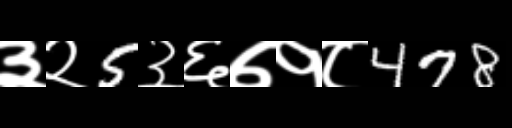
Text: ३२5३६७१८478